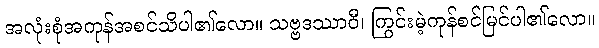
အလုံးစုံအကုန်အစင်သိပါ၏လော။ သဗ္ဗဒဿာဝီ၊ ကြွင်းမဲ့ကုန်စင်မြင်ပါ၏လော။